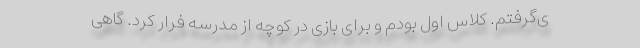
ی‌گرفتم. کلاس اول بودم و برای بازی در کوچه از مدرسه فرار کرد. گاهی